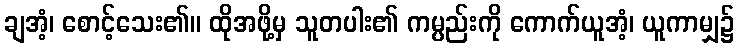
ချအံ့၊ စောင့်သေး၏။ ထိုအဖို့မှ သူတပါး၏ ကမ္ပည်းကို ကောက်ယူအံ့၊ ယူကာမျှ၌